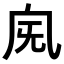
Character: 𣄯